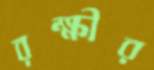
রক্ষীর